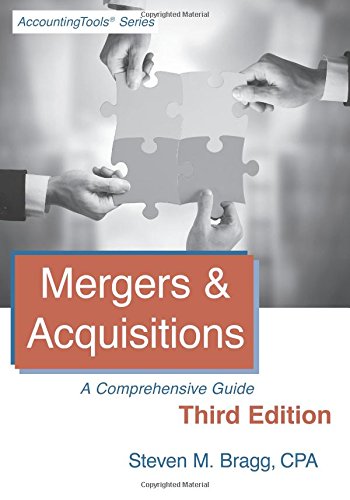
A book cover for Mergers & Acquisitions: Third Edition: A Comprehensive Guide; Steven M. Bragg; Business & Money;